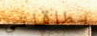
بطاقاتي